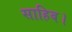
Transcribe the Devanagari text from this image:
साहिब।